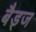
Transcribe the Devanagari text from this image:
बैड्ज